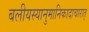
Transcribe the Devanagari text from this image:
बलीयस्यानुमानिकादाचारात्